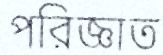
পরিজ্ঞাত